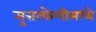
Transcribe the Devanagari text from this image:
सुत्तरफेणीमध्ये